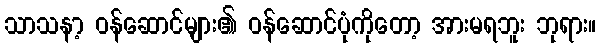
သာသနာ့ ဝန်ဆောင်များ၏ ဝန်ဆောင်ပုံကိုတော့ အားမရဘူး ဘုရား။